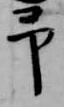
予